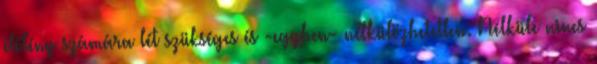
élőlény számára lét szükséges és -egyben- nélkülözhetetlen. Nélküle nincs